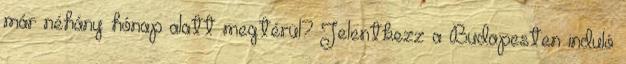
már néhány hónap alatt megtérül? Jelentkezz a Budapesten induló